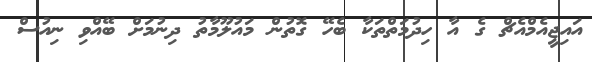
އައިޖީއެމްއެޗް ގެ އާ ހިދުމަތްތަކާ ބެހޭ ގޮތުން މައުލޫމާތު ދިނުމަށް ބޭއްވި ނިއުސް